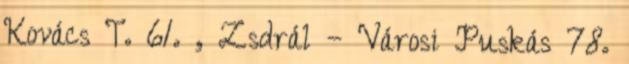
Kovács T. 61. , Zsdrál – Városi Puskás 78.